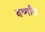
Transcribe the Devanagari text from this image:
वर्ष्गांठ